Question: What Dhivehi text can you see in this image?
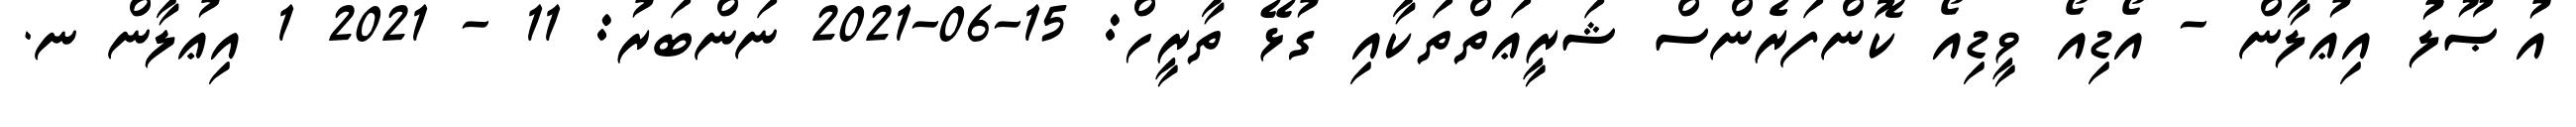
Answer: އުޞޫލު އިޢުލާން - އޯޑިއޯ ވީޑިއޯ ކޮންފަރެންސް ޝަރީޢަތްތަކާއި ގުޅޭ ތާރީހް: 15-06-2021 ނަންބަރު: 11 - 2021 1 އިޢުލާން ނ.